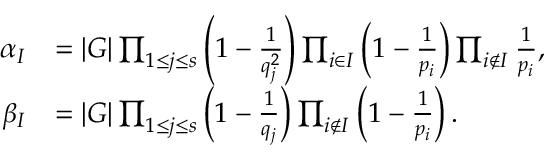
\begin{array} { r l } { \alpha _ { I } } & { = | G | \prod _ { 1 \leq j \leq s } \left( 1 - \frac { 1 } { q _ { j } ^ { 2 } } \right) \prod _ { i \in I } \left( 1 - \frac { 1 } { p _ { i } } \right) \prod _ { i \notin I } \frac { 1 } { p _ { i } } , } \\ { \beta _ { I } } & { = | G | \prod _ { 1 \leq j \leq s } \left( 1 - \frac { 1 } { q _ { j } } \right) \prod _ { i \notin I } \left( 1 - \frac { 1 } { p _ { i } } \right) . } \end{array}